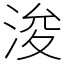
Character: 浚